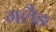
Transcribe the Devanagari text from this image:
गलैङ